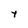
Character: 4